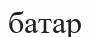
батар